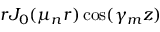
r J _ { 0 } ( \mu _ { n } r ) \cos ( \gamma _ { m } z )